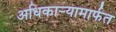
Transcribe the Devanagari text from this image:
अधिकार्‍यामार्फत